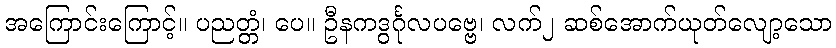
အကြောင်းကြောင့်။ ပညတ္တံ၊ ပေ။ ဦနကဒွင်္ဂုလပဗ္ဗေ၊ လက်၂ ဆစ်အောက်ယုတ်လျော့သော